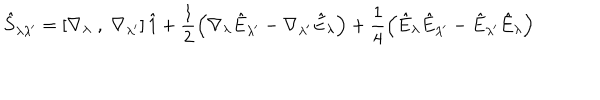
\hat { S } _ { \lambda \lambda ^ { \prime } } = \left[ \nabla _ { \lambda } \; , \; \nabla _ { \lambda ^ { \prime } } \right] \hat { 1 } + \frac { 1 } { 2 } \left( \nabla _ { \lambda } \hat { E } _ { \lambda ^ { \prime } } - \nabla _ { \lambda ^ { \prime } } \hat { E } _ { \lambda } \right) + \frac { 1 } { 4 } \left( \hat { E } _ { \lambda } \hat { E } _ { \lambda ^ { \prime } } - \hat { E } _ { \lambda ^ { \prime } } \hat { E } _ { \lambda } \right)